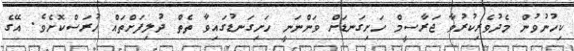
ކިހުނުވުން މެދުވެރިކުރުވާ ޖަރާސީމް ހަށިގަނޑަށް ވަންނަނީ ހަށިގަނޑުގައިވާ ތެތް ދުލިފަށްތައް ހުރަސްކޮށެވެ. އޭގެ